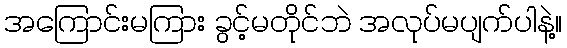
အကြောင်းမကြား ခွင့်မတိုင်ဘဲ အလုပ်မပျက်ပါနဲ့။